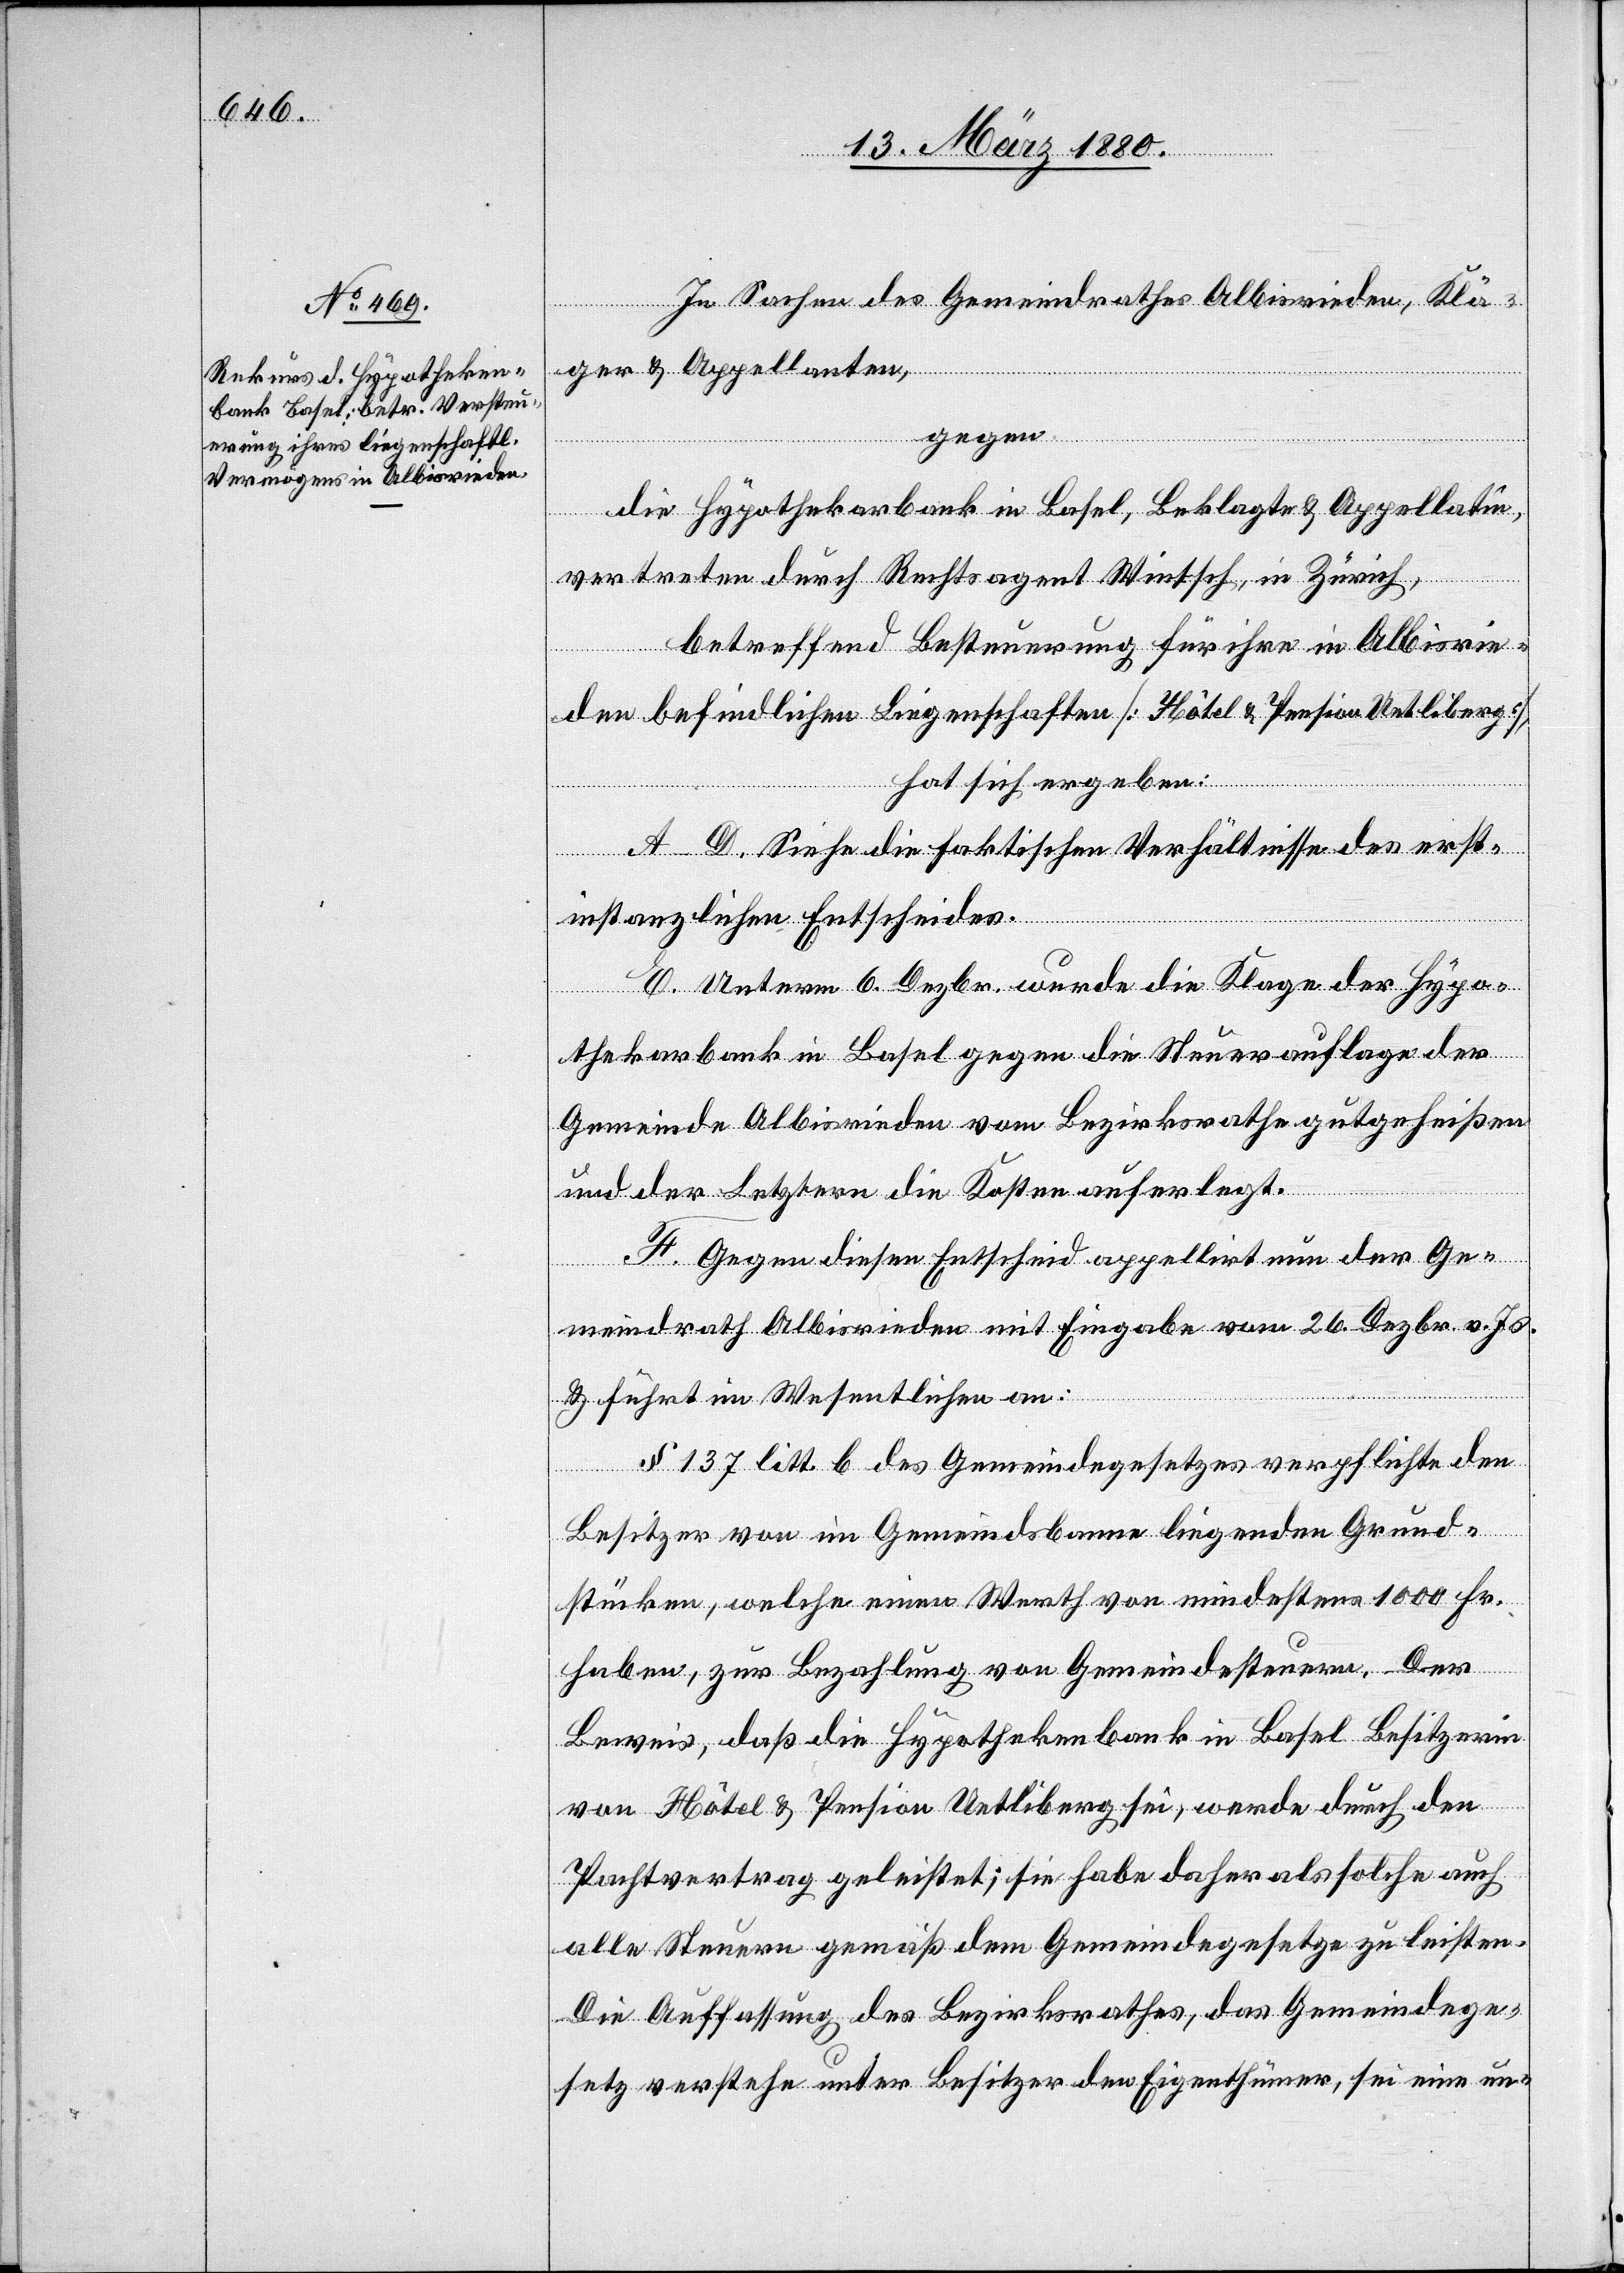
In Sachen des Gemeindrathes Albisrieden, Klä¬
ger & Appellanten,
gegen
die Hypothekarbank in Basel, Beklagte & Appellatin,
vertreten durch Rechtsagent Wintsch in Zürich,
betreffend Besteuerung für ihre in Albisrie¬
den befindlichen Liegenschaften [Hôtel & Pension Uetliberg],
hat sich ergeben:
A–D. Siehe die faktischen Ergebnisse des erst¬
instanzlichen Entscheides.
E. Unterm 6. Dezbr. wurde die Klage der Hypo¬
thekarbank in Basel gegen die Steuerauflage der
Gemeinde Albisrieden vom Bezirksrathe gutgeheißen
und der Letztern die Kosten auferlegt.
F. Gegen diesen Entscheid appellirt nun der Ge¬
meindrath Albisrieden mit Eingabe vom 26. Dezbr. v. Js.
& führt im Wesentlichen an:
§ 137 litt. b des Gemeindegesetzes verpflichte den
Besitzer von im Gemeindsbanne liegenden Grund¬
stücken, welche einen Werth von mindestens 1000 Fr.
haben, zur Bezahlung von Gemeindesteuern. Der
Beweis, daß die Hypothekenbank in Basel Besitzern
von Hôtel & Pension Uetliberg sei, werde durch den
Pachtvertrag geleistet; sie habe daher als solche auch
alle Steuern gemäß dem Gemeindegesetze zu leisten.
Die Auffassung des Bezirksrathes, das Gemeindege¬
setz verstehe unter Besitzer den Eigenthümer, sei eine un-